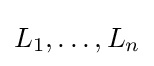
L_{1},\dots ,L_{n}